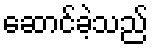
ဆောင်ခဲ့သည်